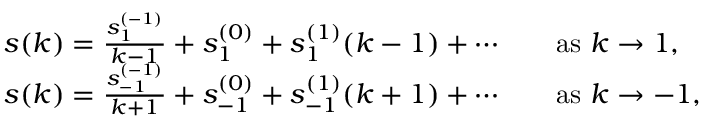
\begin{array} { r l r l } & { s ( k ) = \frac { s _ { 1 } ^ { ( - 1 ) } } { k - 1 } + s _ { 1 } ^ { ( 0 ) } + s _ { 1 } ^ { ( 1 ) } ( k - 1 ) + \cdots } & & { \mathrm { a s ~ } k \to 1 , } \\ & { s ( k ) = \frac { s _ { - 1 } ^ { ( - 1 ) } } { k + 1 } + s _ { - 1 } ^ { ( 0 ) } + s _ { - 1 } ^ { ( 1 ) } ( k + 1 ) + \cdots } & & { \mathrm { a s ~ } k \to - 1 , } \end{array}